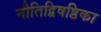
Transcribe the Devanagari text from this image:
नीतिद्विषष्ठिका